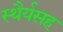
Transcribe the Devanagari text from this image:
स्थैर्यसह